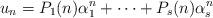
LaTeX: \begin{align*}u_n=P_1(n)\alpha_1^n+\cdots+P_s(n)\alpha_s^n\end{align*}